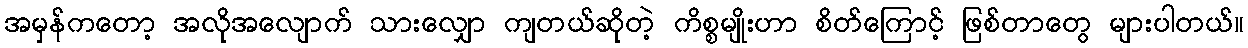
အမှန်ကတော့ အလိုအလျောက် သားလျှော ကျတယ်ဆိုတဲ့ ကိစ္စမျိုးဟာ စိတ်ကြောင့် ဖြစ်တာတွေ များပါတယ်။